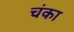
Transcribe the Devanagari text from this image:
चंका